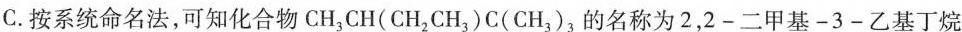
C.按系统命名法，可知化合物CH_{3}CH(CH_{2}CH{3)C(CH_{3})3的名称为2，2-二甲基-3-乙基丁烷